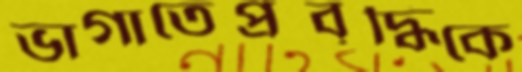
ভাগাতেপ্রবৃদ্ধিকে